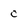
Character: c